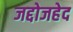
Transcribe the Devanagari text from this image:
जद्दोजहेद